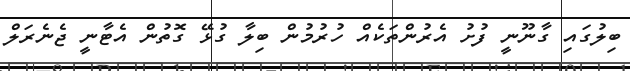
ބިލުގައި ގާނޫނީ ފުށު އެރުންތަކެއް ހުރުމުން ބިލާ ގުޅޭ ގޮތުން އެޓާނީ ޖެނެރަލް